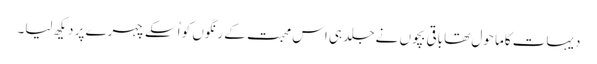
دیہات کاما حول تھا باقی بچوں نے جلد ہی اس محبت کے رنگوں کو اُسکے چہرے پر دیکھ لیا۔